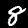
Digit: 8